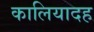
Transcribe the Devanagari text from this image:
कालियादह